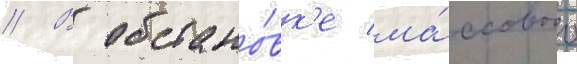
// В обстано́вк'е ма́ссового